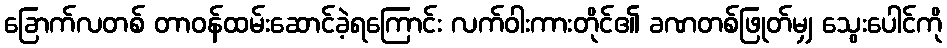
ခြောက်လတစ် တာဝန်ထမ်းဆောင်ခဲ့ရကြောင်း လက်ဝါးကားတိုင်၏ ခဏတစ်ဖြုတ်မျှ သွေးပေါင်ကို